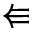
\Lleftarrow